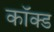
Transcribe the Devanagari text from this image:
कॉक्ड